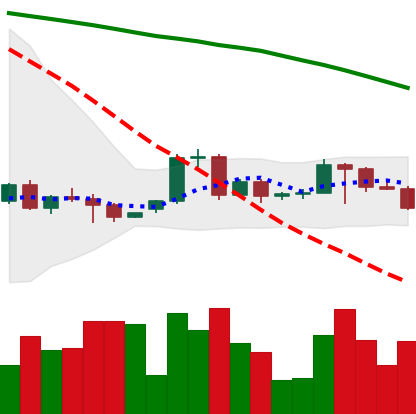
Ticker: BTC-USD
Chart end date: 2022-06-10
Forward return: -22.387%
Label: down_7plus